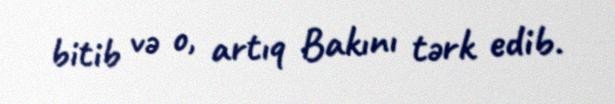
bitib və o, artıq Bakını tərk edib.